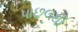
પાછલથી